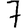
Digit: 7